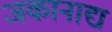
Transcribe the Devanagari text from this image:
जकानाद्य